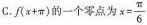
C. $$f(x+\pi)$$的一个零点为x $$x= \frac{\pi}{6}$$